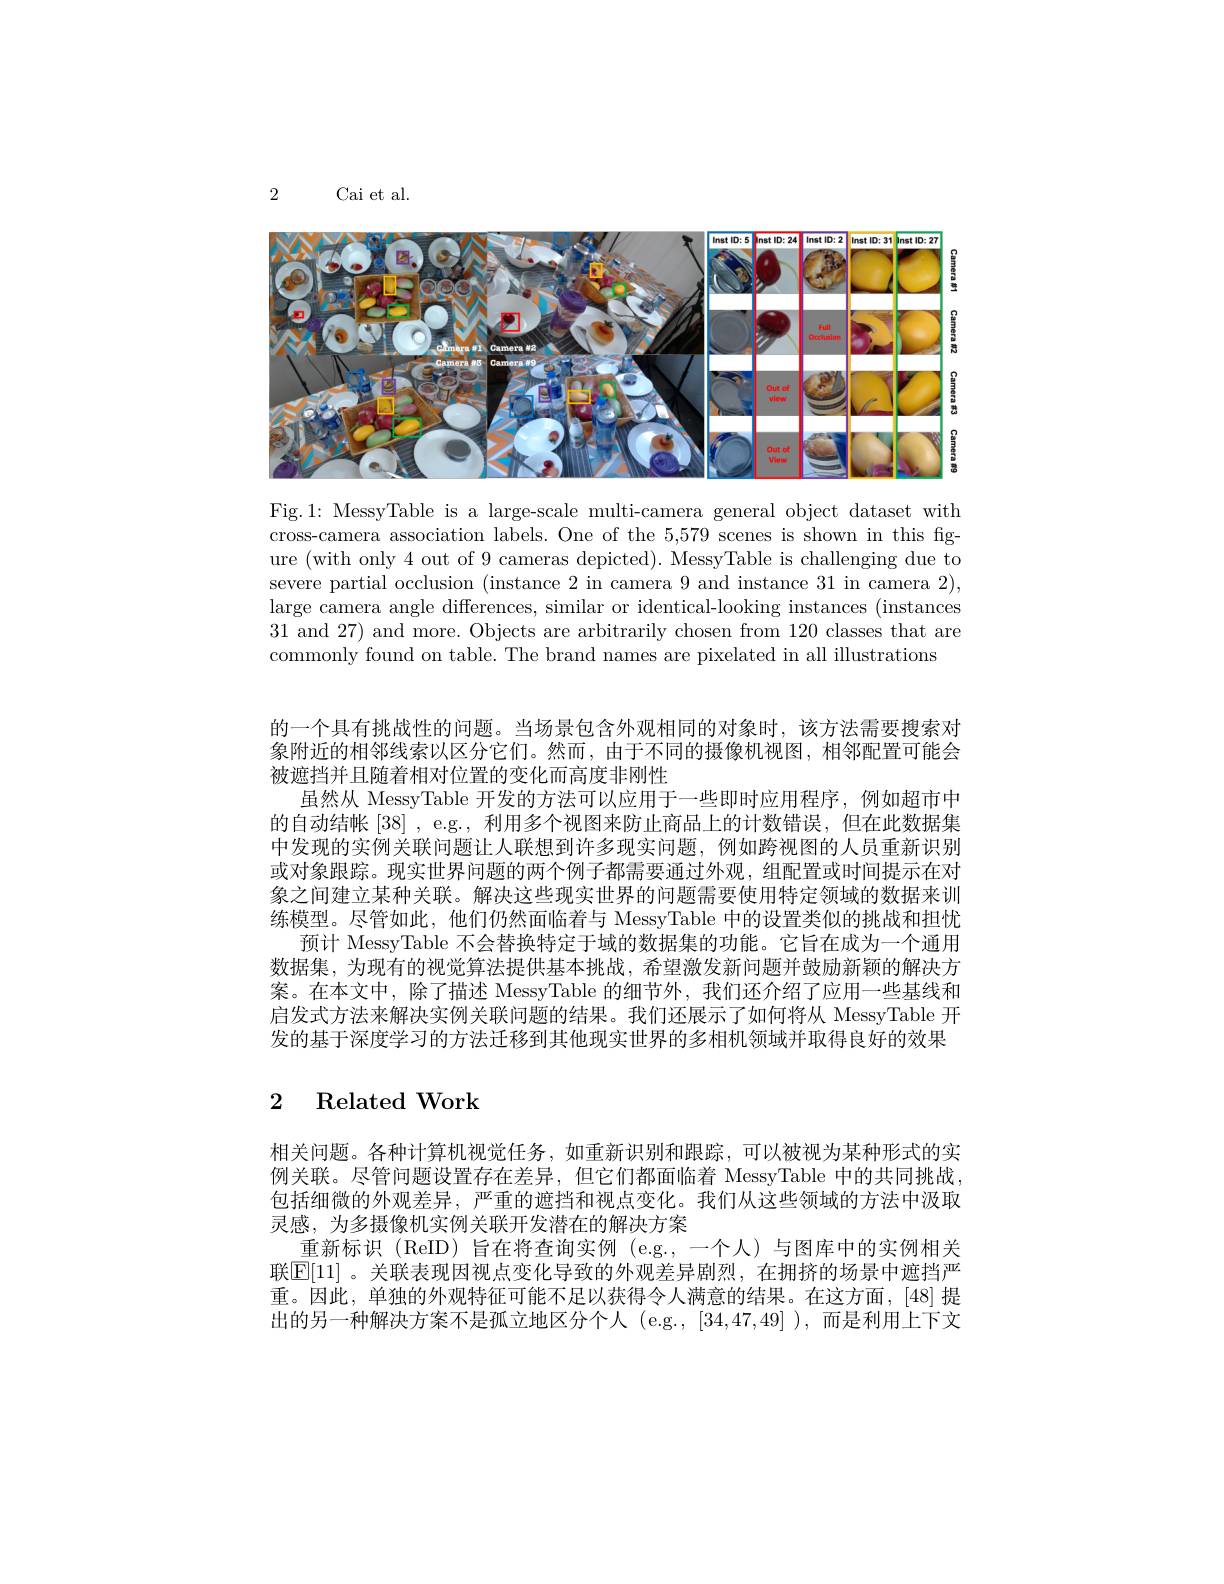
Cai et al.

2

<FigureHere>

Fig.1: MessyTable is a large-scale multi-camera general object dataset with cross-camera association labels. One of the 5,579 scenes is shown in this figure (with only 4 out of 9 cameras depicted). MessyTable is challenging due to severe partial occlusion (instance 2 in camera 9 and instance 31 in camera 2), large camera angle differences, similar or identical-looking instances (instances 31 and 27) and more. Objects are arbitrarily chosen from 120 classes that are commonly found on table. The brand names are pixelated in all illustrations

的一个具有挑战性的问题。当场景包含外观相同的对象时，该方法需要搜索对象附近的相邻线索以区分它们。然而，由于不同的摄像机视图，相邻配置可能会被遮挡并且随着相对位置的变化而高度非刚性
虽然从 MessyTable 开发的方法可以应用于一些即时应用程序，例如超市中的自动结帐[38] , e.g., 利用多个视图来防止商品上的计数错误，但在此数据集中发现的实例关联问题让人联想到许多现实问题，例如跨视图的人员重新识别或对象跟踪。现实世界问题的两个例子都需要通过外观，组配置或时间提示在对象之间建立某种关联。解决这些现实世界的问题需要使用特定领域的数据来训练模型。尽管如此，他们仍然面临着与 MessyTable 中的设置类似的挑战和担忧
预计 MessyTable 不会替换特定于域的数据集的功能。它旨在成为一个通用数据集，为现有的视觉算法提供基本挑战，希望激发新问题并鼓励新颖的解决方案。在本文中，除了描述 MessyTable 的细节外，我们还介绍了应用一些基线和启发式方法来解决实例关联问题的结果。我们还展示了如何将从 MessyTable 开发的基于深度学习的方法迁移到其他现实世界的多相机领域并取得良好的效果

## 2 Related Work

相关问题。各种计算机视觉任务，如重新识别和跟踪，可以被视为某种形式的实例关联。尽管问题设置存在差异，但它们都面临着 MessyTable 中的共同挑战包括细微的外观差异，严重的遮挡和视点变化。我们从这些领域的方法中汲取灵感，为多摄像机实例关联开发潜在的解决方案
重新标识(ReID)旨在将查询实例(e.g.,一个人)与图库中的实例相关联$\boxed{\mathbb{E}[11]\text{ 。关联表现因视点变化导致的外观差异剧烈，在拥挤的场景中遮挡严}}$ 重。因此，单独的外观特征可能不足以获得令人满意的结果。在这方面，[48]提出的另一种解决方案不是孤立地区分个人 (e.g., [34,47,49] ),而是利用上下文